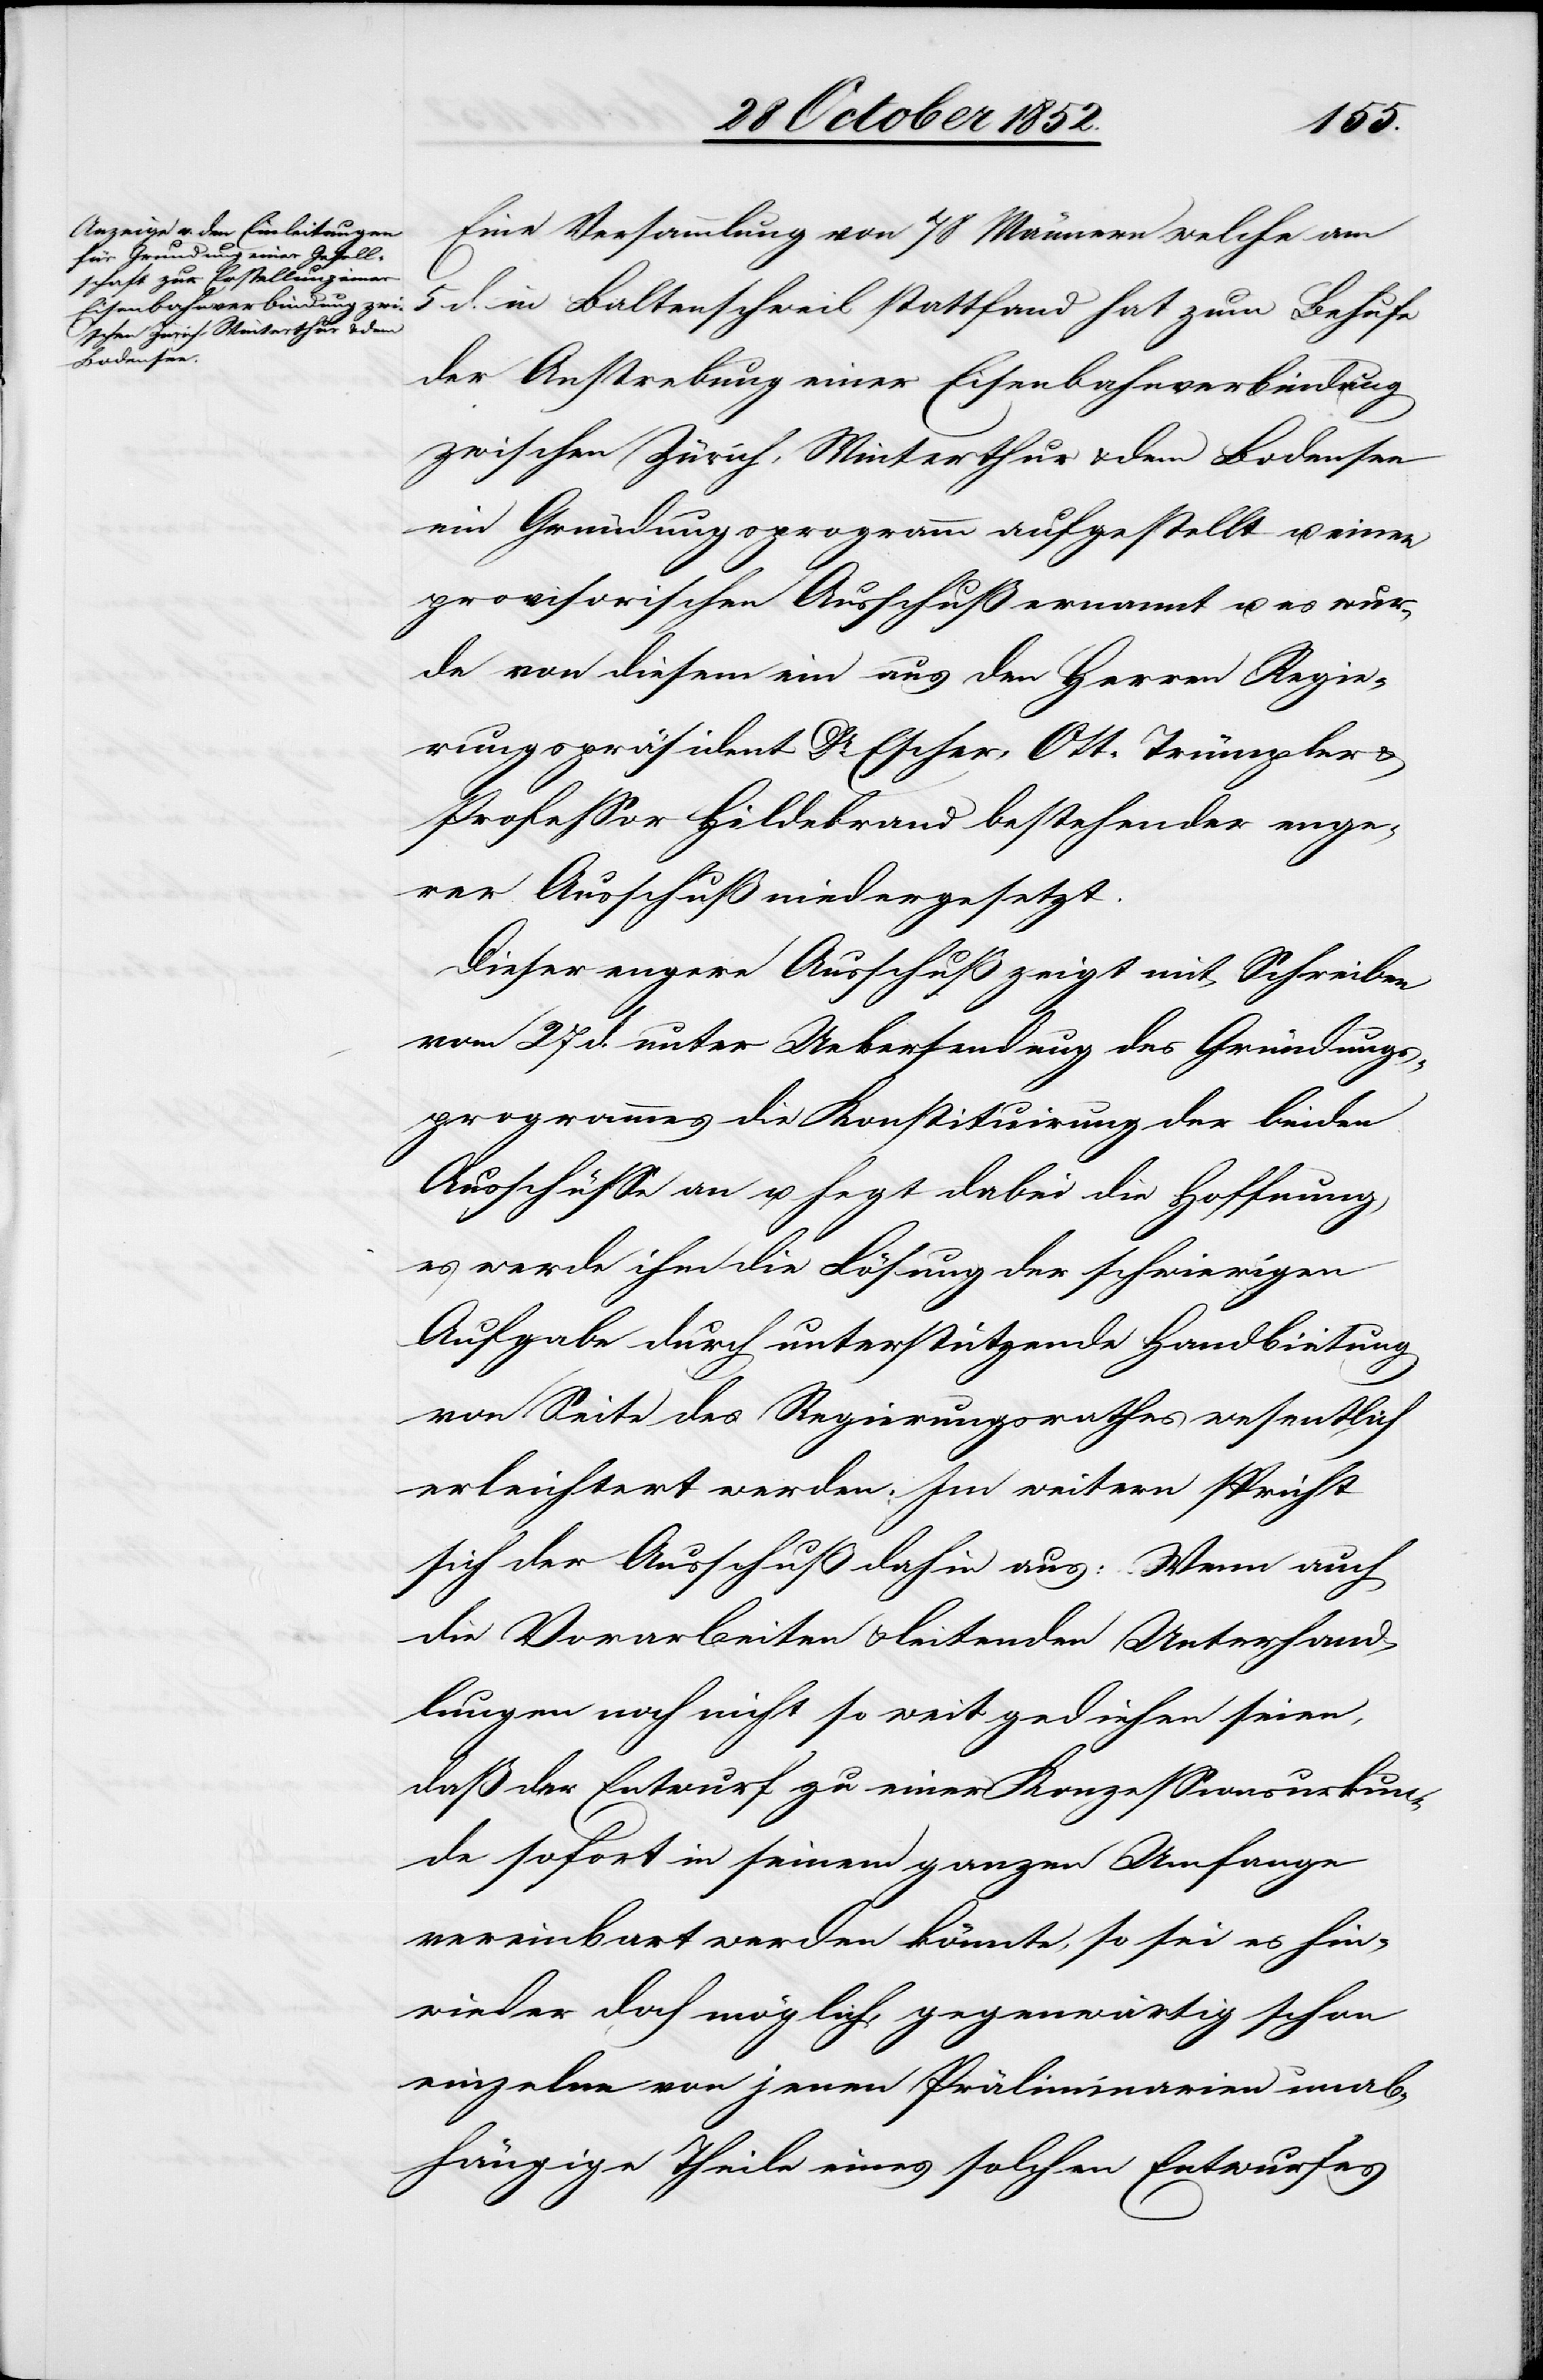
Eine Versammlung von 78 Männern welche am
5 d. in Baltenschweil stattfand hat zum Behufe
der Anstrebung einer Eisenbahnverbindung
zwischen Zürich, Winterthur & dem Bodensee
ein Gründungsprogramm aufgestellt u. einen
provisorischen Ausschuß ernannt u. es wur¬
de von diesem ein aus den Herren Regie¬
rungspräsident Dr. Escher, Ott-Trümpler
Professor Hildebrand bestehender enge¬
rer Ausschuß niedergesetzt.
Dieser engere Ausschuß zeigt mit Schreiben
vom 27 d. unter Uebersendung des Gründungs¬
programmes die Konstituirung der beiden
Ausschüsse an u. hegt dabei die Hoffnung,
es werde ihm die Lösung der schwierigen
Aufgabe durch unterstützende Handbietung
von Seite des Regierungsrathes wesentlich
erleichtert werden. Im weitern spricht
sich der Ausschuß dahin aus: Wenn auch
die Vorarbeiten & leitenden Unterhand¬
lungen noch nicht so weit gediehen seien,
daß der Entwurf zu einer Konzessionsurkun¬
de sofort in seinem ganzen Umfange
vereinbart werden könnte, so sei es hin¬
wieder doch möglich, gegenwärtig schon
einzelne von jenen Präliminarien unab¬
hängige Theile eines solchen Entwurfes